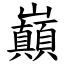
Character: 巔